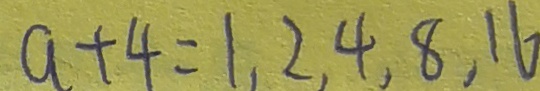
a + 4 = 1 , 2 , 4 , 8 , 1 6